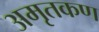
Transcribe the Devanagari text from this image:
अमृतकण